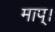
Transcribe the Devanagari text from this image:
माप्।